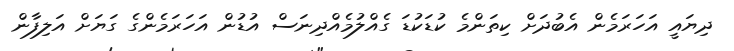
ދިޔައީ އަހަރަމެން އެބުދަށް ކިތަންމެ ކުޑަކުޑަ ގެއްލުމެއްދިނަސް އުޑުން އަހަރަމެންގެ ގަޔަށް އަލިފާން